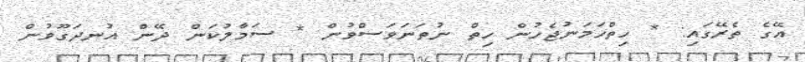
އޭގެ ތެރޭގައި: * ހިތްހަމަނުޖެހުން ހިތް ނުތަނަވަސްވުން * ސަމާލުކަން ދޭން އުނދަގޫވުން